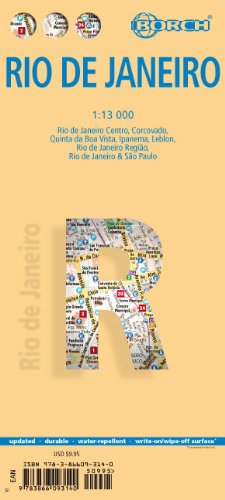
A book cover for Laminated Rio de Janeiro Map by Borch (English, Spanish, French, Italian and German Edition); Borch; Travel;